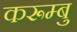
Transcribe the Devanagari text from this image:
करूम्बु